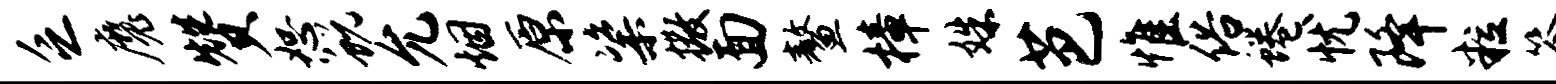
乏魔赞恕蜕允烟原粢撒面鳌樟姝芭惟俗蜷忧降粒答